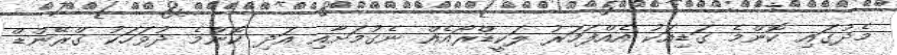
މެދުގައި ކޮންމެ ގަޑިއަކު އެއްފަހަރު ލަކީޑްރޯއެއް ނެގުމަށާއި އަދި ކޮންމެ ދުވަހަކު ގްރޭންޑް